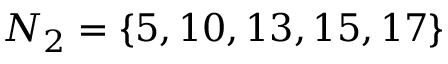
N _ { 2 } = \{ 5 , 1 0 , 1 3 , 1 5 , 1 7 \}